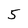
Character: 5